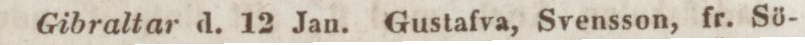
Gibraltar d. 12 Jan. Gustafva, Svensson, fr. Sö-